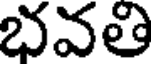
భవతి